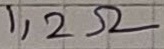
Text: 1,2Ω